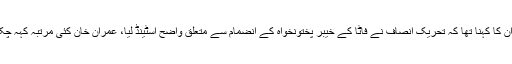
فاٹا کے مسائل کے متعلق گفتگو کرتے ہوئے ان کا کہنا تھا کہ تحریکِ انصاف نے فاٹا کے خیبر پختونخواہ کے انضمام سے متعلق واضح اسٹینڈ لیا، عمران خان کئی مرتبہ کہہ چکے تھے کہ فاٹاسےپھرصورتحال خراب ہوگی۔